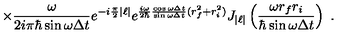
\times \frac { \omega } { 2 i \pi \hbar \sin \omega \Delta t } e ^ { - i \frac { \pi } { 2 } | \ell | } e ^ { \frac { i \omega } { 2 \hbar } \frac { \cos \omega \Delta t } { \sin \omega \Delta t } ( r _ { f } ^ { 2 } + r _ { i } ^ { 2 } ) } J _ { | \ell | } \left( \frac { \omega r _ { f } r _ { i } } { \hbar \sin \omega \Delta t } \right) \ .